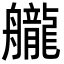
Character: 𦪽